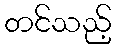
တင်သည့်